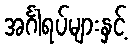
အင်္ဂါရပ်များနှင့်